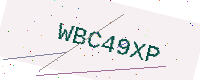
Text: WBC49XP